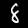
Label: 8